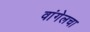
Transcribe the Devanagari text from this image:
वांगेलचा